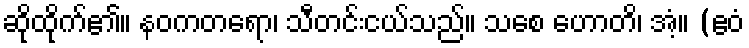
ဆိုထိုက်၏။ နဝကတရော၊ သီတင်းငယ်သည်။ သစေ ဟောတိ၊ အံ့။ (ဧဝံ